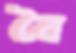
বৈ